Civil Veterinary Department. Madras. Admin. report 1926-33 - 1926-1933
Year: 1926
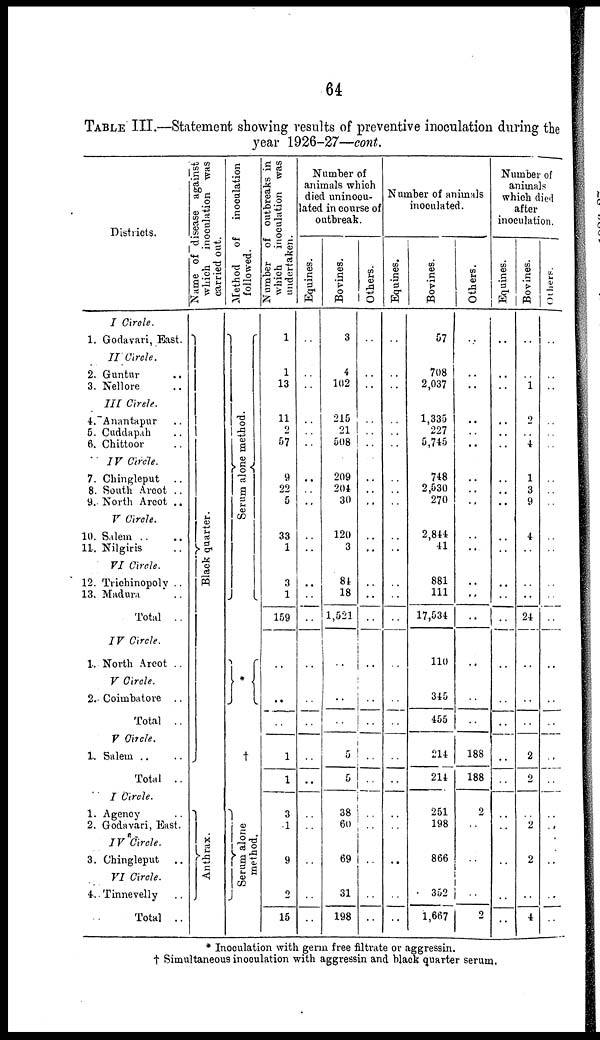
64
TABLE III.—Statement showing results of preventive inoculation during the
year 1926-27—cont.
Districts.
I Circle.
1. Godavari, East.
II Circle.
2. Guntur ..
3. Nellore ..
III Cirele ..
4. Anantapur ..
5. Cuddapah ..
6. Chittoor ..
IV Circle.
7. Chingleput ..
8. South Arcot ..
9. North Arcot ..
V Circle.
10. Salem .. ..
11. Nilgiris ..
VI Circle.
12. Trichinopoly ..
13. Madura ..
Total ..
IV Circle.
1. North Arcot ..
V Circle.
2. Coimbatore ..
Total ..
V Circle.
1. Salem .. ..
Total ..
I Circle.
1. Agency
2. Godavari, East.
IV Circle.
3. Chingleput ..
VI Circle.
4. Tinnevelly ..
Total ..
Name of disease against
which inoculation was
carried out.
Black quarter.
Anthrax
Method
of
inoculation
followed.
Se r
um alone method.
*
†
Se r
um alone
method.
Number of outbreaks in
which inoculation was
undertaken.
1
1
13
11
2
57
9
22
5
33
1
3
1
159
..
..
..
1
1
3
1
9
2
15
Number of
animals which
died uninocu-
lated in course of
outbreak.
Equines.
..
..
..
..
..
..
..
..
..
..
..
..
..
..
..
..
..
..
..
..
..
..
..
..
Bovines.
3
4
102
215
21
508
209
204
30
120
3
84
18
1,521
..
..
..
5
5
38
60
69
31
198
Others.
..
..
..
..
..
..
..
..
..
..
..
..
..
..
..
..
..
..
..
..
..
..
..
..
Number of animals
inoculated.
Equines.
..
..
..
..
..
..
..
..
..
..
..
..
..
..
..
..
..
..
..
..
..
..
..
..
Bovines.
57
708
2,037
1,335
227
5,745
748
2,530
270
2,844
41
881
111
17,534
110
345
455
214
214
251
198
866
352
1,667
Others.
..
..
..
..
..
..
..
..
..
..
...
..
..
..
..
..
..
188
188
2
..
..
..
2
Number of
animals
which died
after
inoculation.
Equines.
..
..
..
..
..
..
..
..
..
..
..
..
..
..
..
..
..
..
..
..
..
..
..
..
Bovines.
..
..
1
2
..
4
1
3
9
4
..
..
..
24
..
..
..
2
2
..
2
2
..
4
Others.
..
..
..
..
..
..
..
..
..
..
..
..
..
..
..
..
..
..
..
..
..
..
..
..
* Inoculation with germ free filtrate or aggressin.
† Simultaneous inoculation with aggressin and black quarter serum,